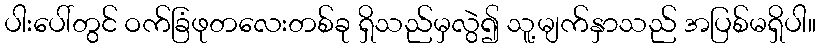
ပါးပေါ်တွင် ဝက်ခြံဖုတလေးတစ်ခု ရှိသည်မှလွဲ၍ သူ့မျက်နှာသည် အပြစ်မရှိပါ။